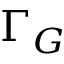
\Gamma _ { G }